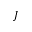
J